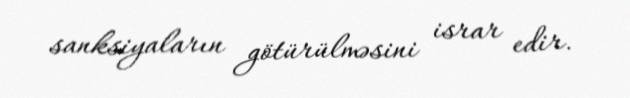
sanksiyaların götürülməsini israr edir.